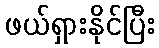
ဖယ်ရှားနိုင်ပြီး